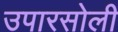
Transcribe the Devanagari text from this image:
उपारसोली